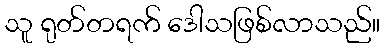
သူ ရုတ်တရက် ဒေါသဖြစ်လာသည်။